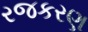
રજકરણ